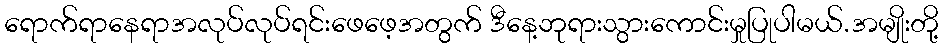
ရောက်ရာနေရာအလုပ်လုပ်ရင်းဖေဖေ့အတွက် ဒီနေ့ဘုရားသွားကောင်းမှုပြုပါမယ်.အမျိုးတို့